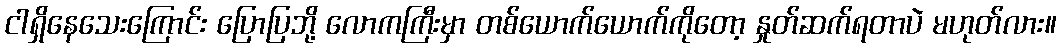
ငါရှိနေသေးကြောင်း ပြောပြဘို့ လောကကြီးမှာ တစ်ယောက်ယောက်ကိုတော့ နှုတ်ဆက်ရတာပဲ မဟုတ်လား။